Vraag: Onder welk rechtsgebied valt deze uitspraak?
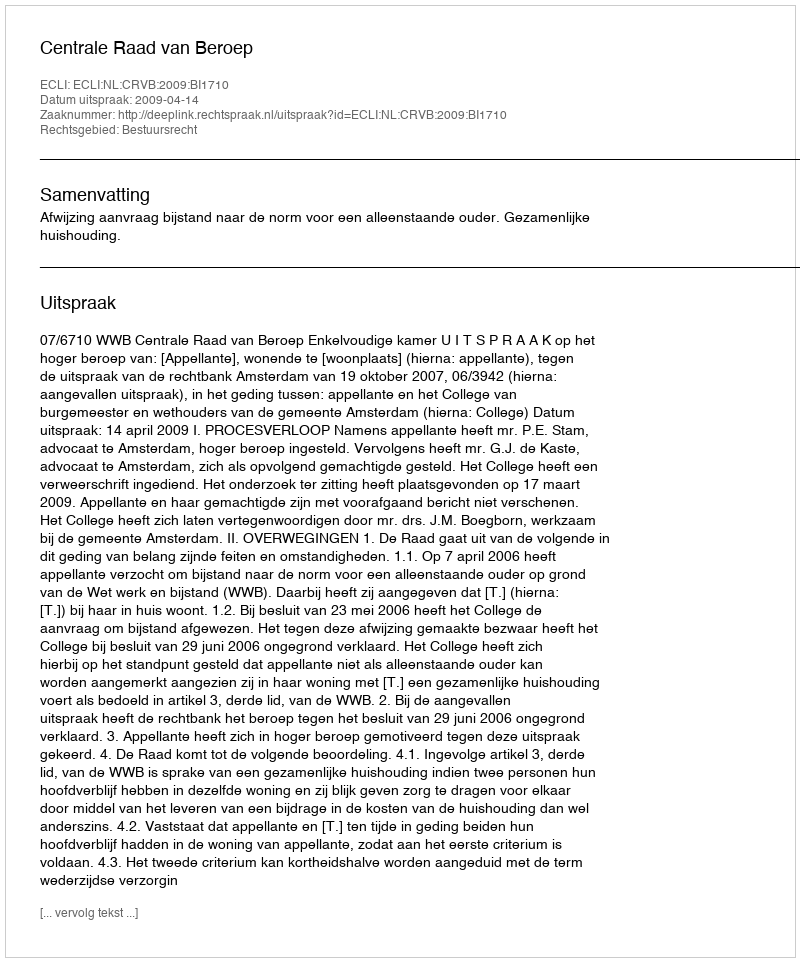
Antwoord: Bestuursrecht